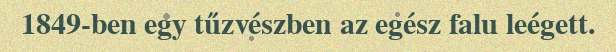
1849-ben egy tűzvészben az egész falu leégett.